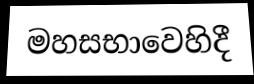
මහසභාවෙහිදී